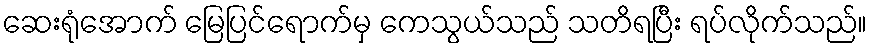
ဆေးရုံအောက် မြေပြင်ရောက်မှ ကေသွယ်သည် သတိရပြီး ရပ်လိုက်သည်။